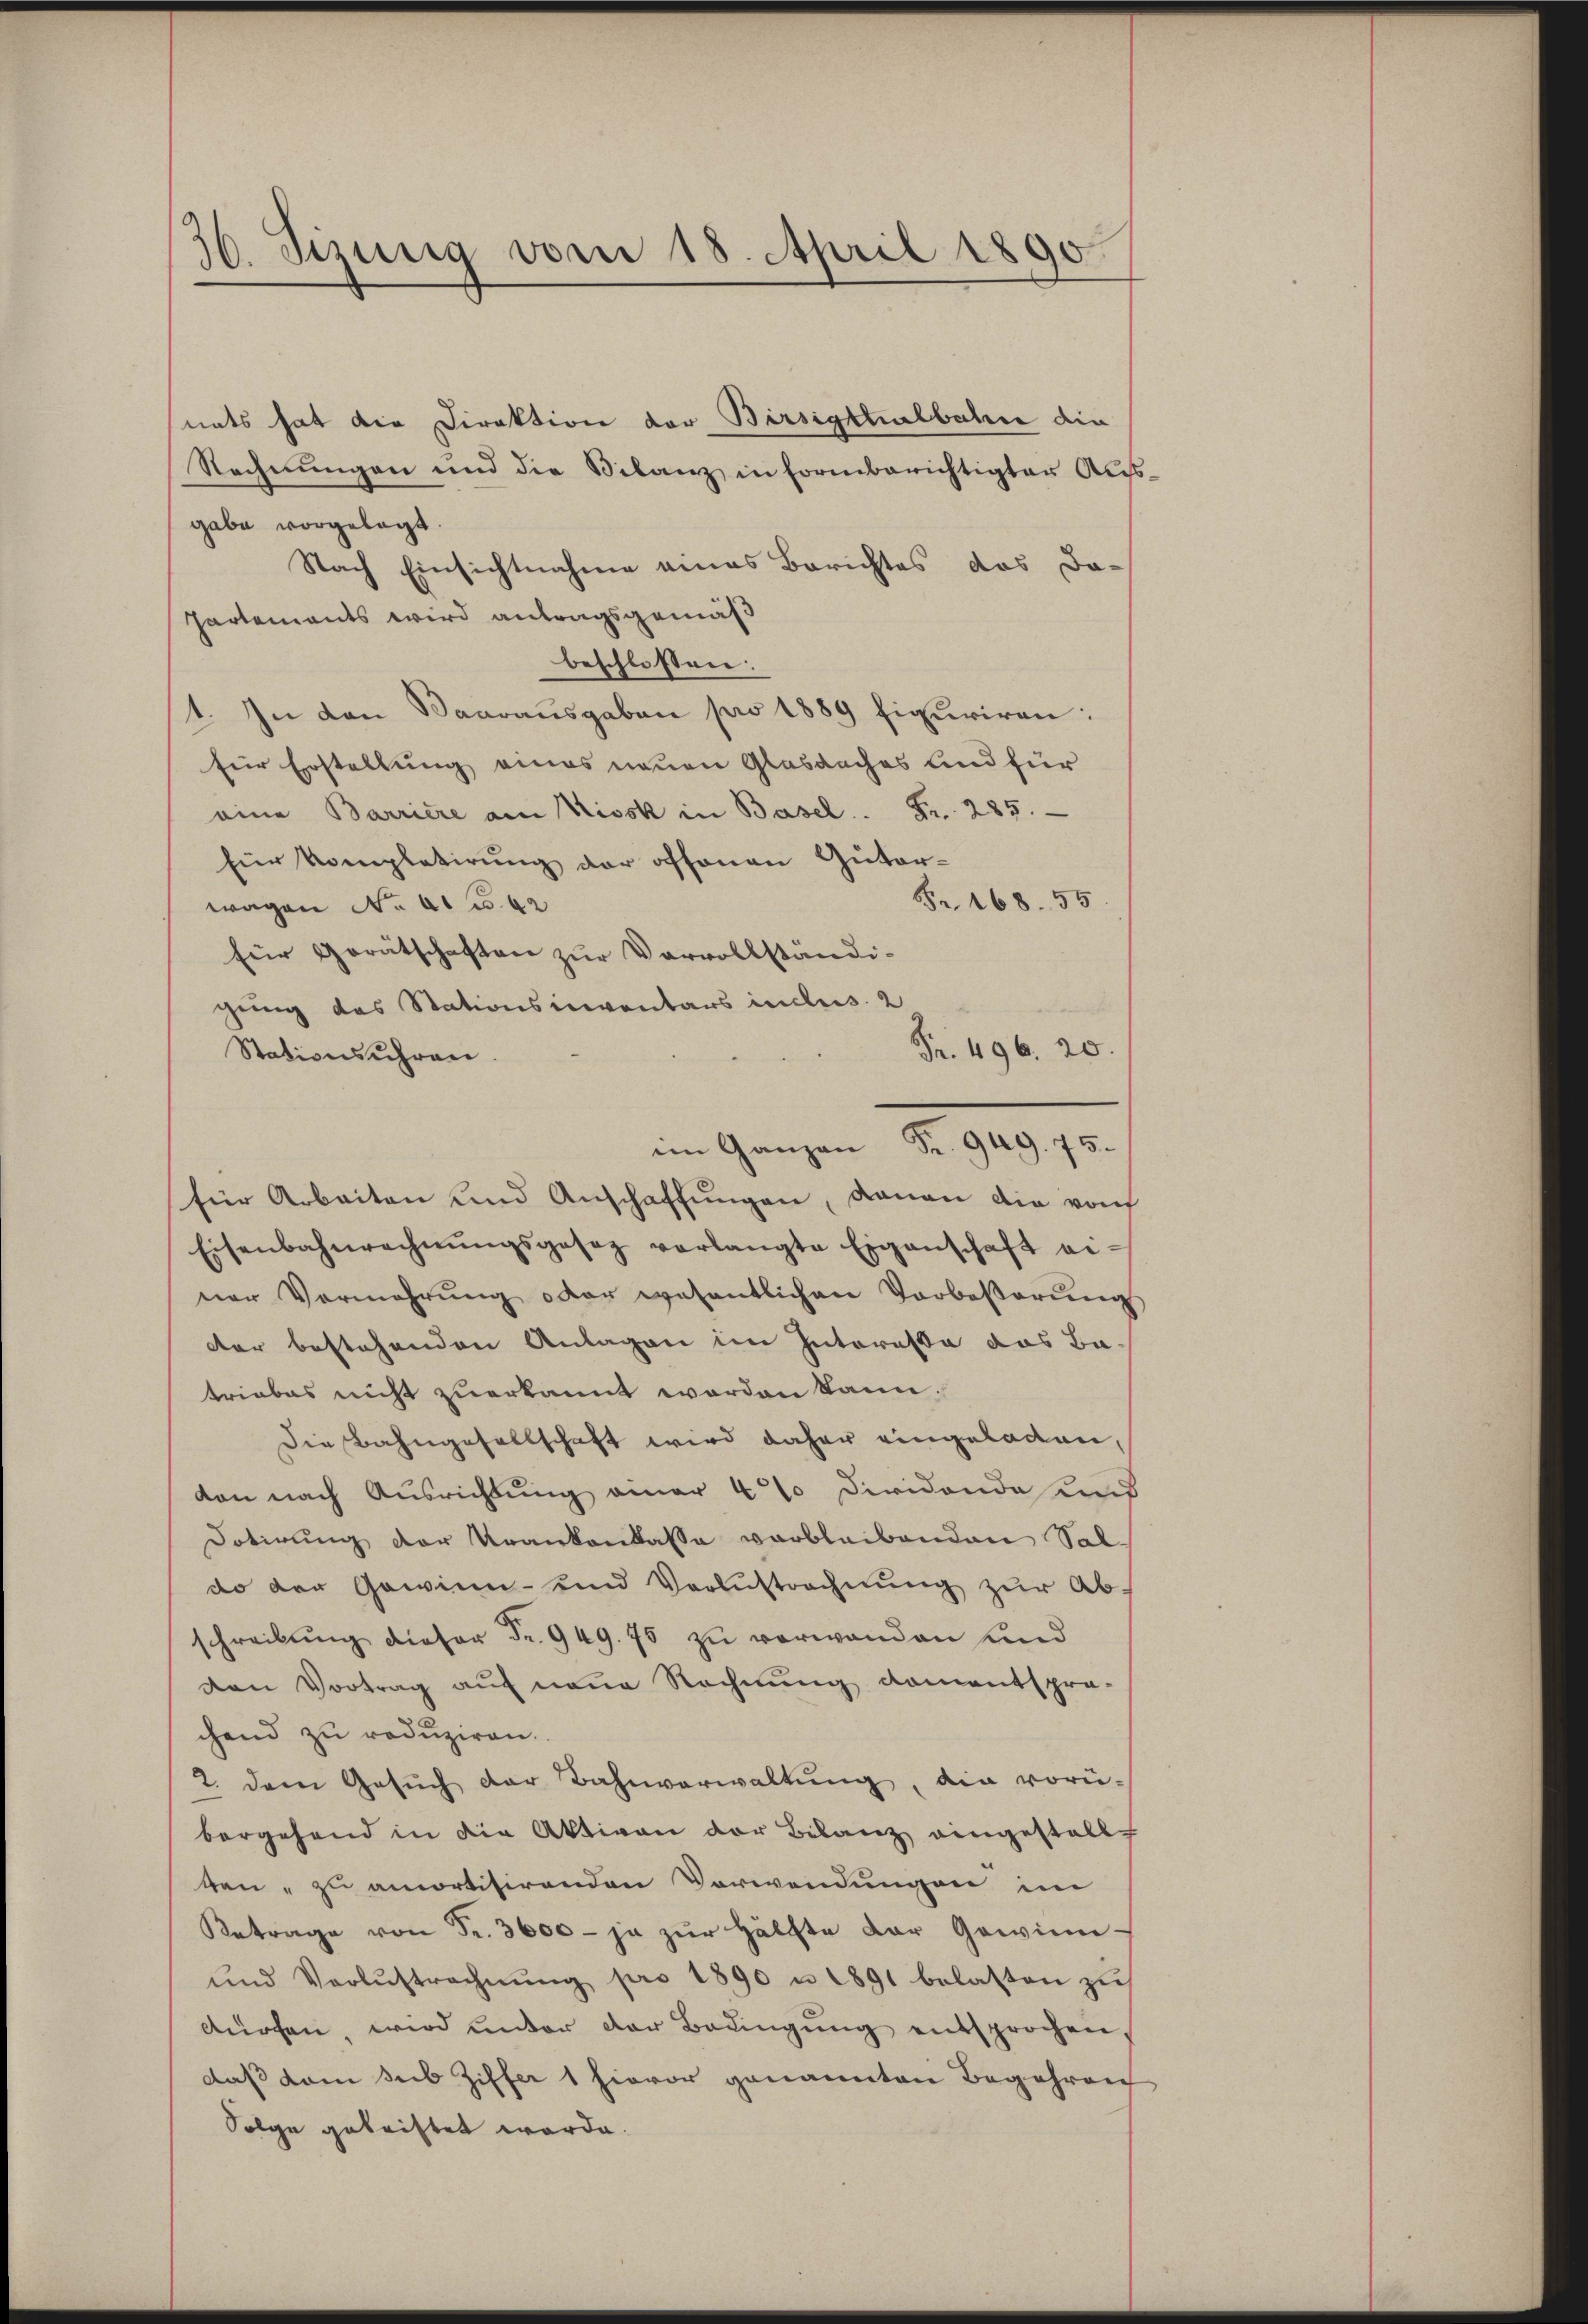
36. Sizung vom 18. April 1890.

nats hat die Direktion der Birsigttalbahre die
Rechnungen und die Vilanz in Formberichtigter Aus
gabe vorgelegt.
Nach Einsichtnahme eines Berichtes das Da-
Partements wird antragsgemäß
beschlossen:
1. In den Baarausgaben pro 1889 figuriren:
für Erstellung eines neuen Glasdaches und für
eine Barriere am Kissk in Basel. Fr. 285.
für Kompletirung der offenen Güter¬
Fr. 168. 55
wagen No 142
für Gerätschaften zur Vervollständi-
gung das Stationsinventars inclus. 2
Fr. 496. 20.
Stationsschren.
für Arbeiten und Anschaffŭngen, daran die von
Eisenbahnrechnŭngsgesez verlangte Eigenschaft ei-
ner Vermehrŭng oder wesentlichen Vorbeβerŭng
der bestehenden Anlagen im Interessa das Batriebes nicht zuerkannt worden kann.
Die Bahngesellschaft wird daher eingeladen,
don nach Ausrichtung amar 4% Dividonda und
Dotirung der Krankenkasse verbleibenden Sal-
do der Gewinn- und Verlustrechnung zur Abschreibung dieser Fr. 949. 75 zu verwanden und
den Vortrag auf neue Rechnung komentspra-
chend zu reduziren.
2. dem Gesŭch der Bahnverwaltung, die vorübergehend in die Aktiven der Bilanz eingestellt
ten" zu amortisirenden Verwendungen im
Betrage von Fr. 3600- ja zŭr Hälfte der Gewinn-
und Verlustrechnŭng pro 1890 u 1891 belasten zu
dürfen, wird ŭnter der Bedingŭng entsprochen,
daß dem sub Ziffer 1 hievor genannten Begehren
Folge getriftet werde.

im Ganzen Fr. 949. 75.